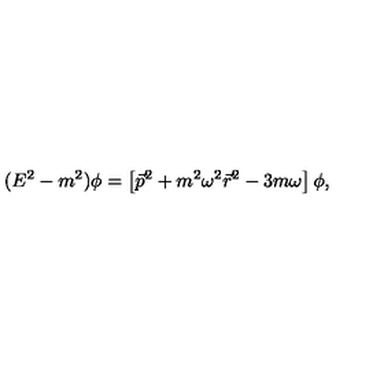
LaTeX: ( E ^ { 2 } - m ^ { 2 } ) \phi = \left[ \vec { p } ^ { 2 } + m ^ { 2 } \omega ^ { 2 } \vec { r } ^ { 2 } - 3 m \omega \right] \phi ,